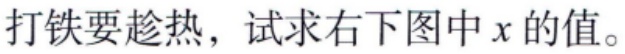
打铁要趁热，试求右下图中 \(x\) 的值。